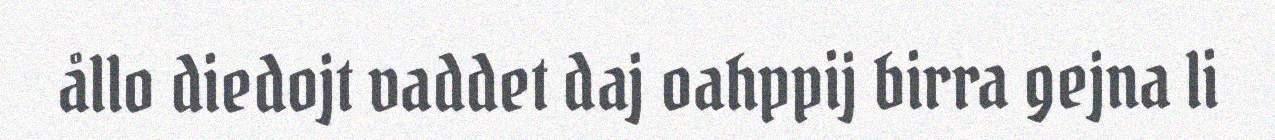
ållo diedojt vaddet daj oahppij birra gejna li